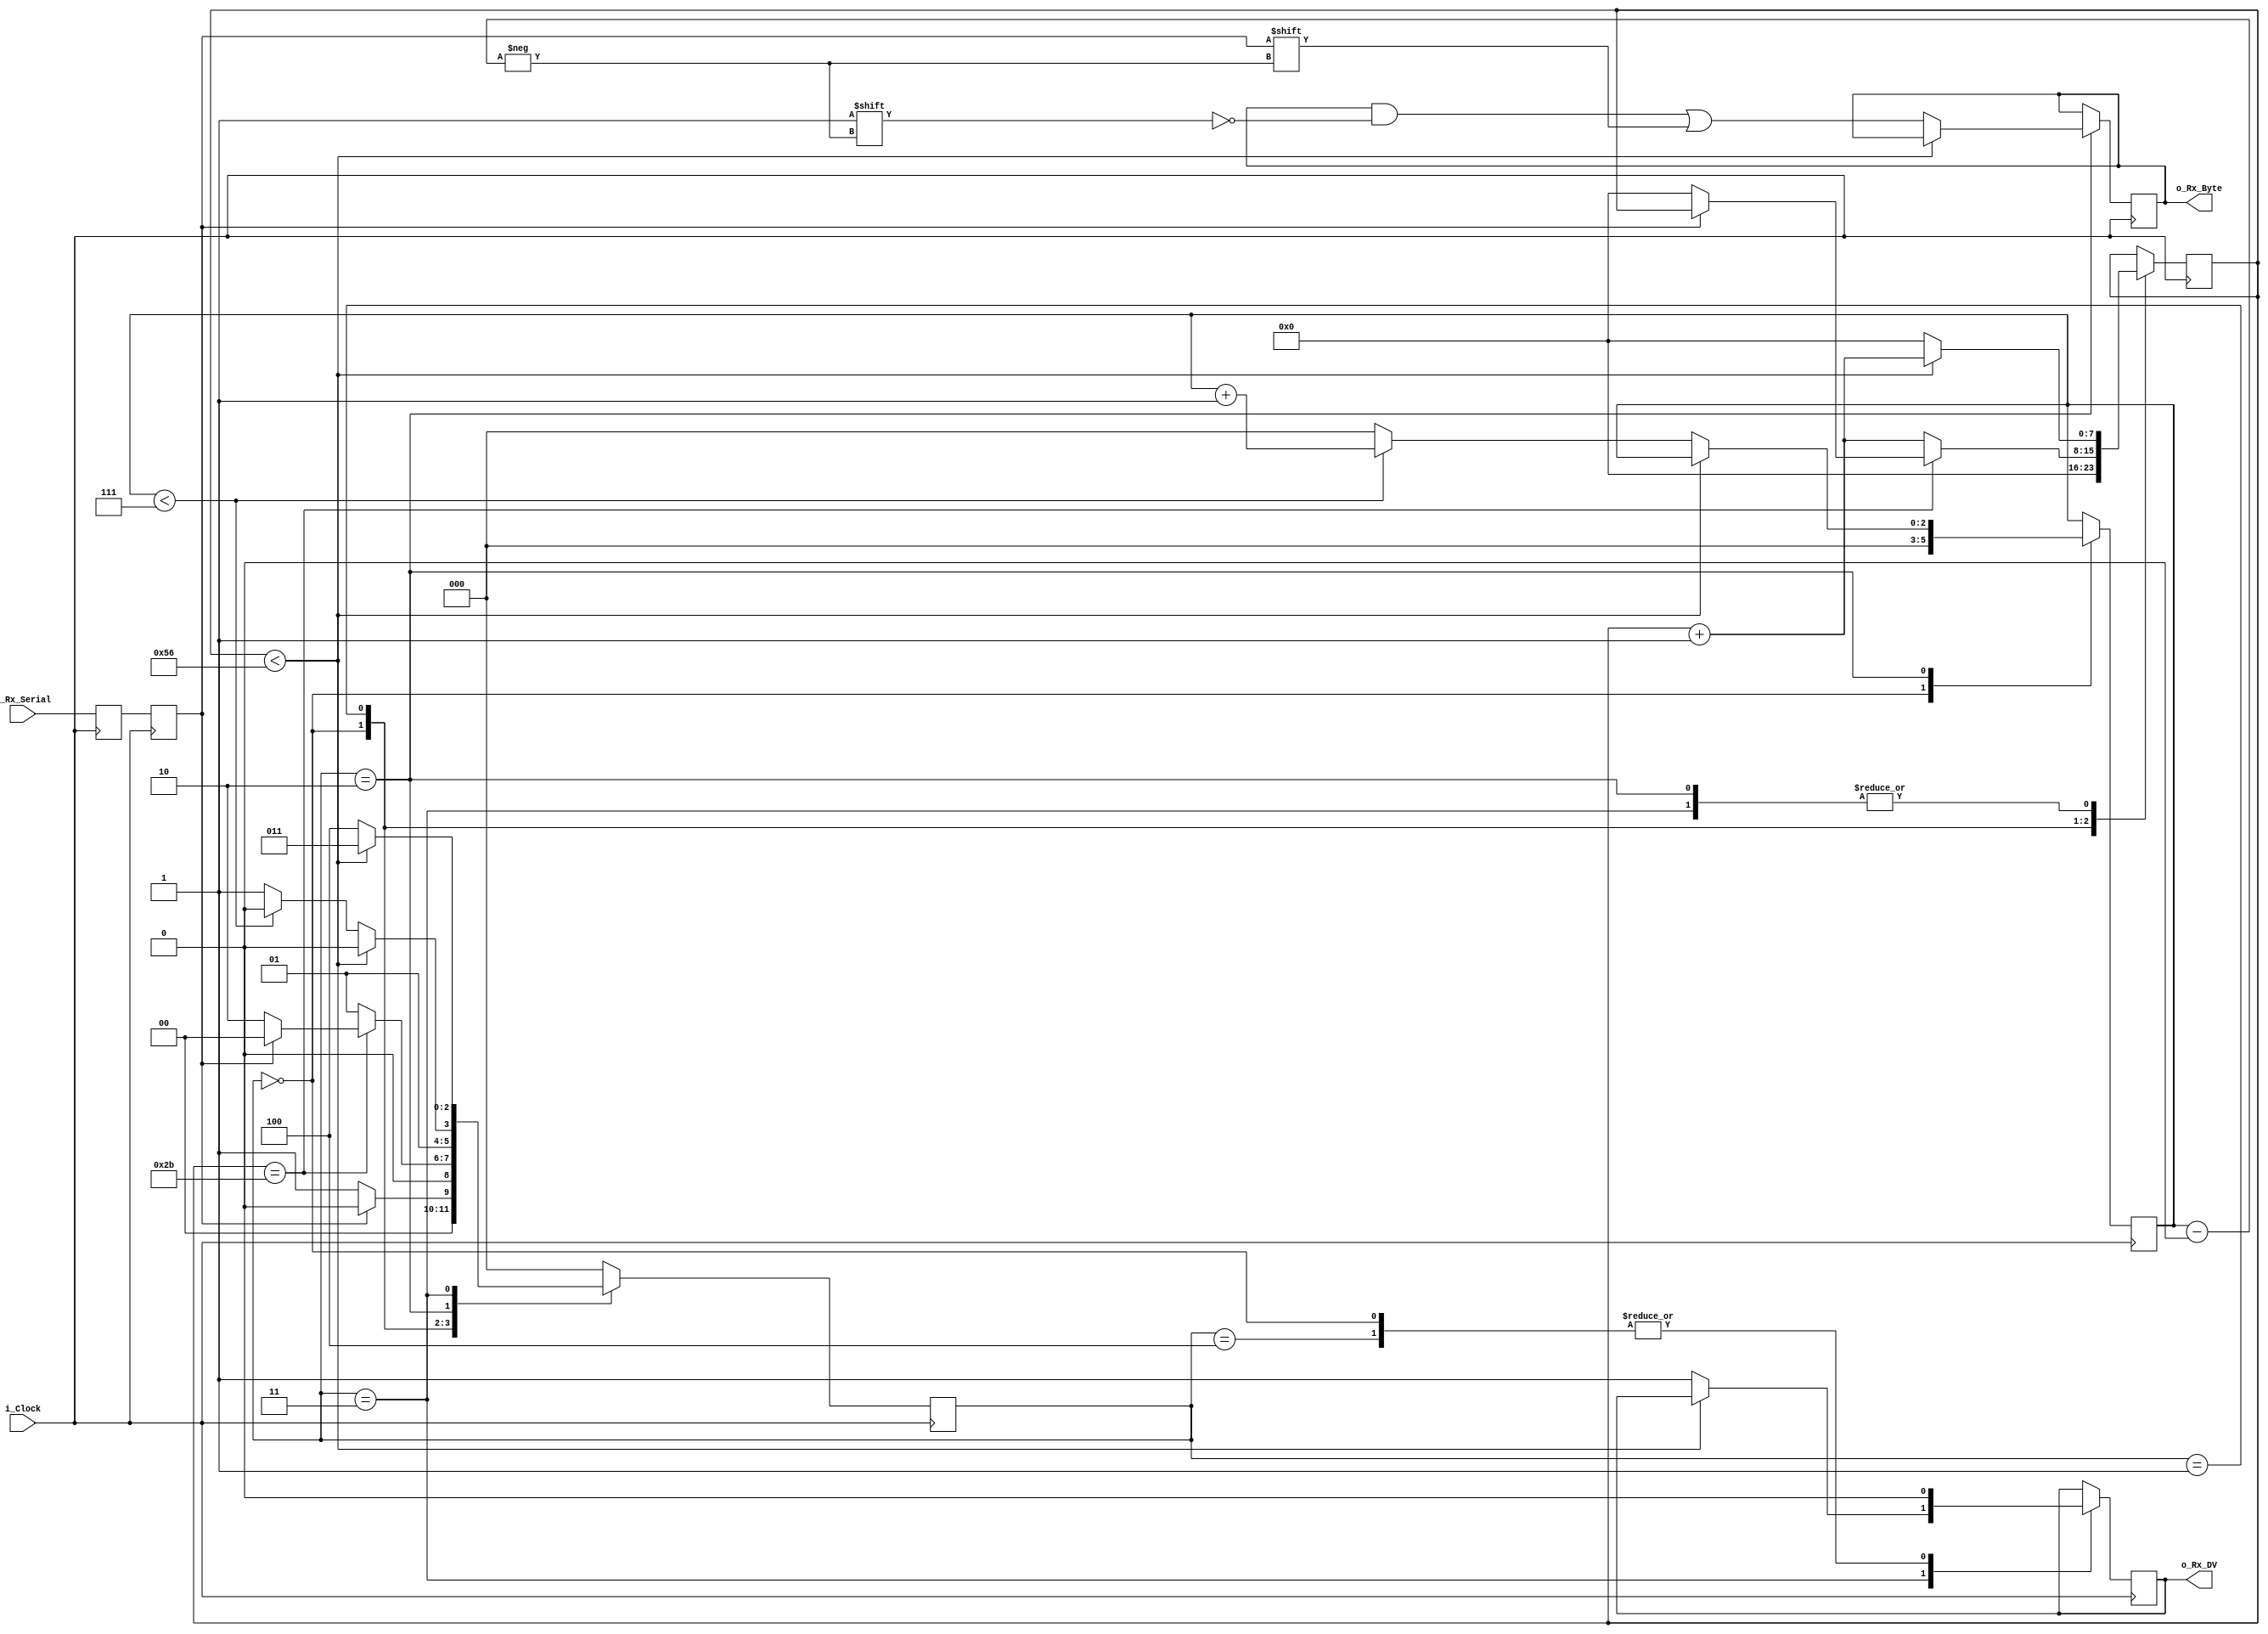
//////////////////////////////////////////////////////////////////////
// File Downloaded from http://www.nandland.com
//////////////////////////////////////////////////////////////////////
// This file contains the UART Receiver.  This receiver is able to
// receive 8 bits of serial data, one start bit, one stop bit,
// and no parity bit.  When receive is complete o_rx_dv will be
// driven high for one clock cycle.
// 
// Set Parameter CLKS_PER_BIT as follows:
// CLKS_PER_BIT = (Frequency of i_Clock)/(Frequency of UART)
// Example: 10 MHz Clock, 115200 baud UART
// (10000000)/(115200) = 87
  
module uart_rx #(
   parameter CLKS_PER_BIT = 87
   )
   (
   input        i_Clock,
   input        i_Rx_Serial,
   output       o_Rx_DV,
   output [7:0] o_Rx_Byte
   );
    
  parameter s_IDLE         = 3'b000;
  parameter s_RX_START_BIT = 3'b001;
  parameter s_RX_DATA_BITS = 3'b010;
  parameter s_RX_STOP_BIT  = 3'b011;
  parameter s_CLEANUP      = 3'b100;
   
  reg           r_Rx_Data_R = 1'b1;
  reg           r_Rx_Data   = 1'b1;
   
  reg [7:0]     r_Clock_Count = 0;
  reg [2:0]     r_Bit_Index   = 0; //8 bits total
  reg [7:0]     r_Rx_Byte     = 0;
  reg           r_Rx_DV       = 0;
  reg [2:0]     r_SM_Main     = 0; // Default is s_IDLE
   
  // Purpose: Double-register the incoming data.
  // This allows it to be used in the UART RX Clock Domain.
  // (It removes problems caused by metastability)
  always @(posedge i_Clock)
    begin
      r_Rx_Data_R <= i_Rx_Serial;
      r_Rx_Data   <= r_Rx_Data_R;
    end
   
   
  // Purpose: Control RX state machine
  always @(posedge i_Clock)
    begin
       
      case (r_SM_Main)
        s_IDLE :
          begin
              r_Rx_DV       <= 1'b0;
              r_Clock_Count <= 0;
              r_Bit_Index   <= 0;
             
              if (r_Rx_Data == 1'b0)          // Start bit detected
                r_SM_Main <= s_RX_START_BIT;
              else
                r_SM_Main <= s_IDLE;
          end
         
        // Check middle of start bit to make sure it's still low
        s_RX_START_BIT :
          begin
              if (r_Clock_Count == (CLKS_PER_BIT-1)/2)
                begin
                    if (r_Rx_Data == 1'b0)
                      begin
                          r_Clock_Count <= 0;  // reset counter, found the middle
                          r_SM_Main     <= s_RX_DATA_BITS; 
                      end
                    else
                      r_SM_Main <= s_IDLE;
                end
              else
                begin
                    r_Clock_Count <= r_Clock_Count + 1;
                    r_SM_Main     <= s_RX_START_BIT;
                end
          end // case: s_RX_START_BIT
         
         
        // Wait CLKS_PER_BIT-1 clock cycles to sample serial data
        s_RX_DATA_BITS :
          begin
              if (r_Clock_Count < CLKS_PER_BIT-1)
                begin
                    r_Clock_Count <= r_Clock_Count + 1;
                    r_SM_Main     <= s_RX_DATA_BITS;
                end
              else
                begin
                    r_Clock_Count          <= 0;
                    r_Rx_Byte[r_Bit_Index] <= r_Rx_Data;
                 
                    // Check if we have received all bits
                    if (r_Bit_Index < 7)
                      begin
                          r_Bit_Index <= r_Bit_Index + 1;
                          r_SM_Main   <= s_RX_DATA_BITS;
                      end
                    else
                      begin
                          r_Bit_Index <= 0;
                          r_SM_Main   <= s_RX_STOP_BIT;
                      end
                end 
          end // case: s_RX_DATA_BITS
     
     
        // Receive Stop bit.  Stop bit = 1
        s_RX_STOP_BIT :
          begin
              // Wait CLKS_PER_BIT-1 clock cycles for Stop bit to finish
              if (r_Clock_Count < CLKS_PER_BIT-1)
                begin
                    r_Clock_Count <= r_Clock_Count + 1;
                    r_SM_Main     <= s_RX_STOP_BIT;
                end
              else
                begin
                    r_Rx_DV       <= 1'b1;
                    r_Clock_Count <= 0;
                    r_SM_Main     <= s_CLEANUP;
                end
          end // case: s_RX_STOP_BIT
     
         
        // Stay here 1 clock
        s_CLEANUP :
          begin
              r_SM_Main <= s_IDLE;
              r_Rx_DV   <= 1'b0;
          end
                  
        default :
          r_SM_Main <= s_IDLE;
         
      endcase
    end   
   
  assign o_Rx_DV   = r_Rx_DV;
  assign o_Rx_Byte = r_Rx_Byte;
   
endmodule // uart_rx